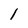
Character: l